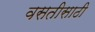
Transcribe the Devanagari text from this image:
वसतीसाठी